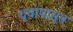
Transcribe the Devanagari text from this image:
धृवापासून